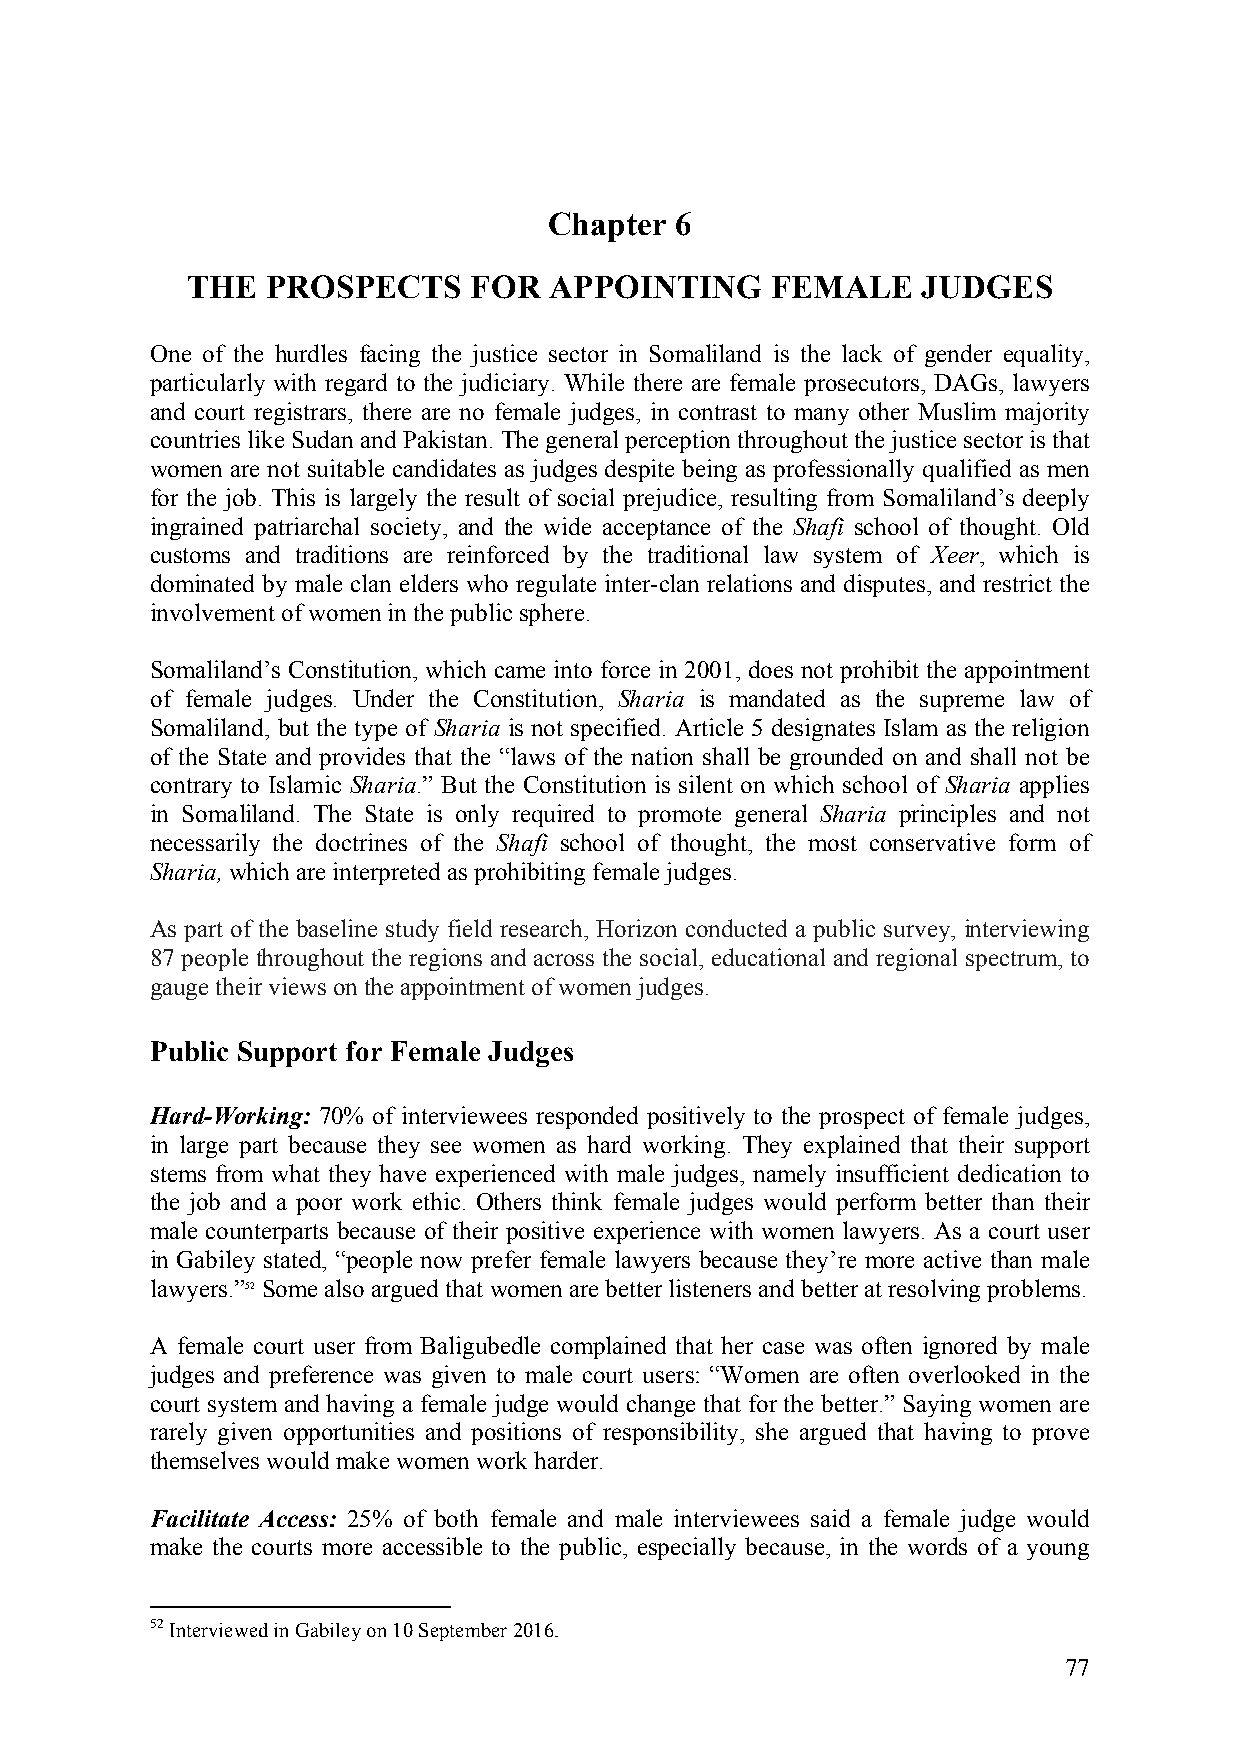
Chapter  6
 THE   PROSPECTS    FOR  APPOINTING     FEMALE    JUDGES
 One of the hurdles facing the justice sector in Somaliland is the lack of gender equality,
 particularly with regard to the judiciary. While there are female prosecutors, DAGs, lawyers
 and court registrars, there are no female judges, in contrast to many other Muslim majority
 countries like Sudan and Pakistan. The general perception throughout the justice sector is that
 women are not suitable candidates as judges despite being as professionally qualified as men
 for the job. This is largely the result of social prejudice, resulting from Somaliland’s deeply
 ingrained patriarchal society, and the wide acceptance of the Shafi school of thought. Old
 customs and traditions are reinforced by the traditional law system of Xeer, which is
 dominated by male clan elders who regulate inter-clan relations and disputes, and restrict the
 involvement of women in the public sphere.
 Somaliland’s Constitution, which came into force in 2001, does not prohibit the appointment
 of female judges. Under the Constitution, Sharia is mandated as the supreme law of
 Somaliland, but the type of Sharia is not specified. Article 5 designates Islam as the religion
 of the State and provides that the “laws of the nation shall be grounded on and shall not be
 contrary to Islamic Sharia.” But the Constitution is silent on which school of Sharia applies
 in Somaliland. The State is only required to promote general Sharia principles and not
 necessarily the doctrines of the Shafi school of thought, the most conservative form of
 Sharia, which are interpreted as prohibiting female judges.
 As part of the baseline study field research, Horizon conducted a public survey, interviewing
 87 people throughout the regions and across the social, educational and regional spectrum, to
 gauge their views on the appointment of women judges.
 Public Support for Female Judges
 Hard-Working: 70% of interviewees responded positively to the prospect of female judges,
 in large part because they see women as hard working. They explained that their support
 stems from what they have experienced with male judges, namely insufficient dedication to
 the job and a poor work ethic. Others think female judges would perform better than their
 male counterparts because of their positive experience with women lawyers. As a court user
 in Gabiley stated, “people now prefer female lawyers because they’re more active than male
 lawyers.”52 Some also argued that women are better listeners and better at resolving problems.
 A female court user from Baligubedle complained that her case was often ignored by male
 judges and preference was given to male court users: “Women are often overlooked in the
 court system and having a female judge would change that for the better.” Saying women are
 rarely given opportunities and positions of responsibility, she argued that having to prove
 themselves would make women work harder.
 Facilitate Access: 25% of both female and male interviewees said a female judge would
 make the courts more accessible to the public, especially because, in the words of a young
 52 Interviewed in Gabiley on 10 September 2016.
 77